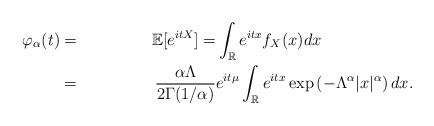
LaTeX: \begin{align*}\varphi_{\alpha}(t)&=&\mathbb{E}[e^{itX}]=&\int_{\mathbb{R}}e^{itx}f_X(x)dx\\&=&\frac{\alpha\Lambda}{2\Gamma(1/\alpha)}&e^{it\mu}\int_{\mathbb{R}}e^{itx}\exp\left(-\Lambda^{\alpha}|x|^{\alpha}\right)dx.\end{align*}